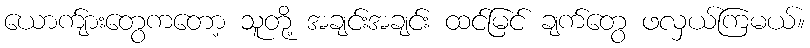
ယောက်ျားတွေကတော့ သူတို့ အချင်းအချင်း ထင်မြင် ချက်တွေ ဖလှယ်ကြမယ်။